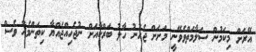
އޭރަށް މިކަމުން ސަލާމަތްވެވޭނީ މަށަށް ޖެހުނު ހާލު ބަރްކާއަށް ނުޖެހިއްޖެއްޔާ ކިތަންމެހާ ވެސް